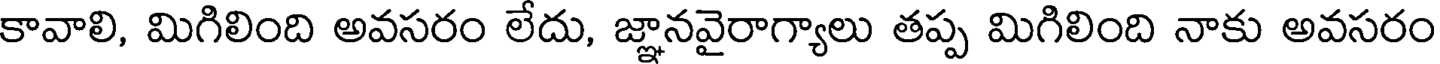
కావాలి, మిగిలింది అవసరం లేదు, జ్ఞానవైరాగ్యాలు తప్ప మిగిలింది నాకు అవసరం